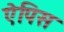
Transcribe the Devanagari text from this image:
ऐपिस